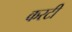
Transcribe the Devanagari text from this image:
करटी